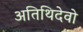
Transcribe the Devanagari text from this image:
अतिथिदेवो